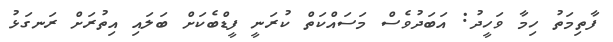
ފާތިމަތު ހިމާ ވަހީދު: އަބަދުވެސް މަސައްކަތް ކުރަނީ ފީޑްބެކަށް ބަލައި އިތުރަށް ރަނގަޅު